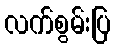
လက်စွမ်းပြ